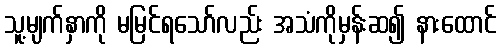
သူ့မျက်နှာကို မမြင်ရသော်လည်း အသံကိုမှန်းဆ၍ နားထောင်